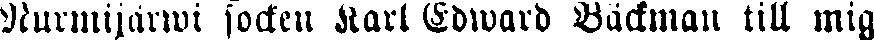
Nurmijärwi socken Karl Edward Bäckman till mig